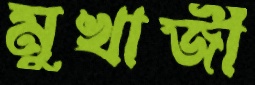
মুখার্জী